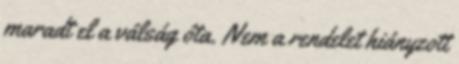
maradt el a válság óta. Nem a rendelet hiányzott